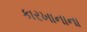
કારખાનાના